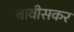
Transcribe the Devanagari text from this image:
बावीसकर